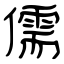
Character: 儒